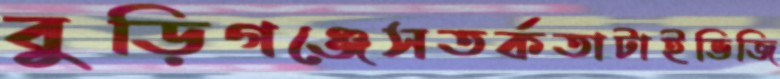
বুড়িগঞ্জেসতর্কতাটাইভিজি